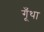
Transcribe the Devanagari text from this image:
गूँथा